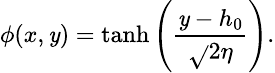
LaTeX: \small\phi(x,\mathit{y})=\operatorname{tanh}\left(\frac{{\mathit{y}-h_{0}}}{{\sqrt{}{{2}}\eta}}\right).